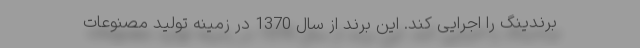
برندینگ را اجرایی کند. این برند از سال 1370 در زمینه تولید مصنوعات